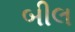
બીલ